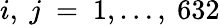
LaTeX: i,~j~=~1,\ldots,~632